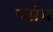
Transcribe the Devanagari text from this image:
पसंच